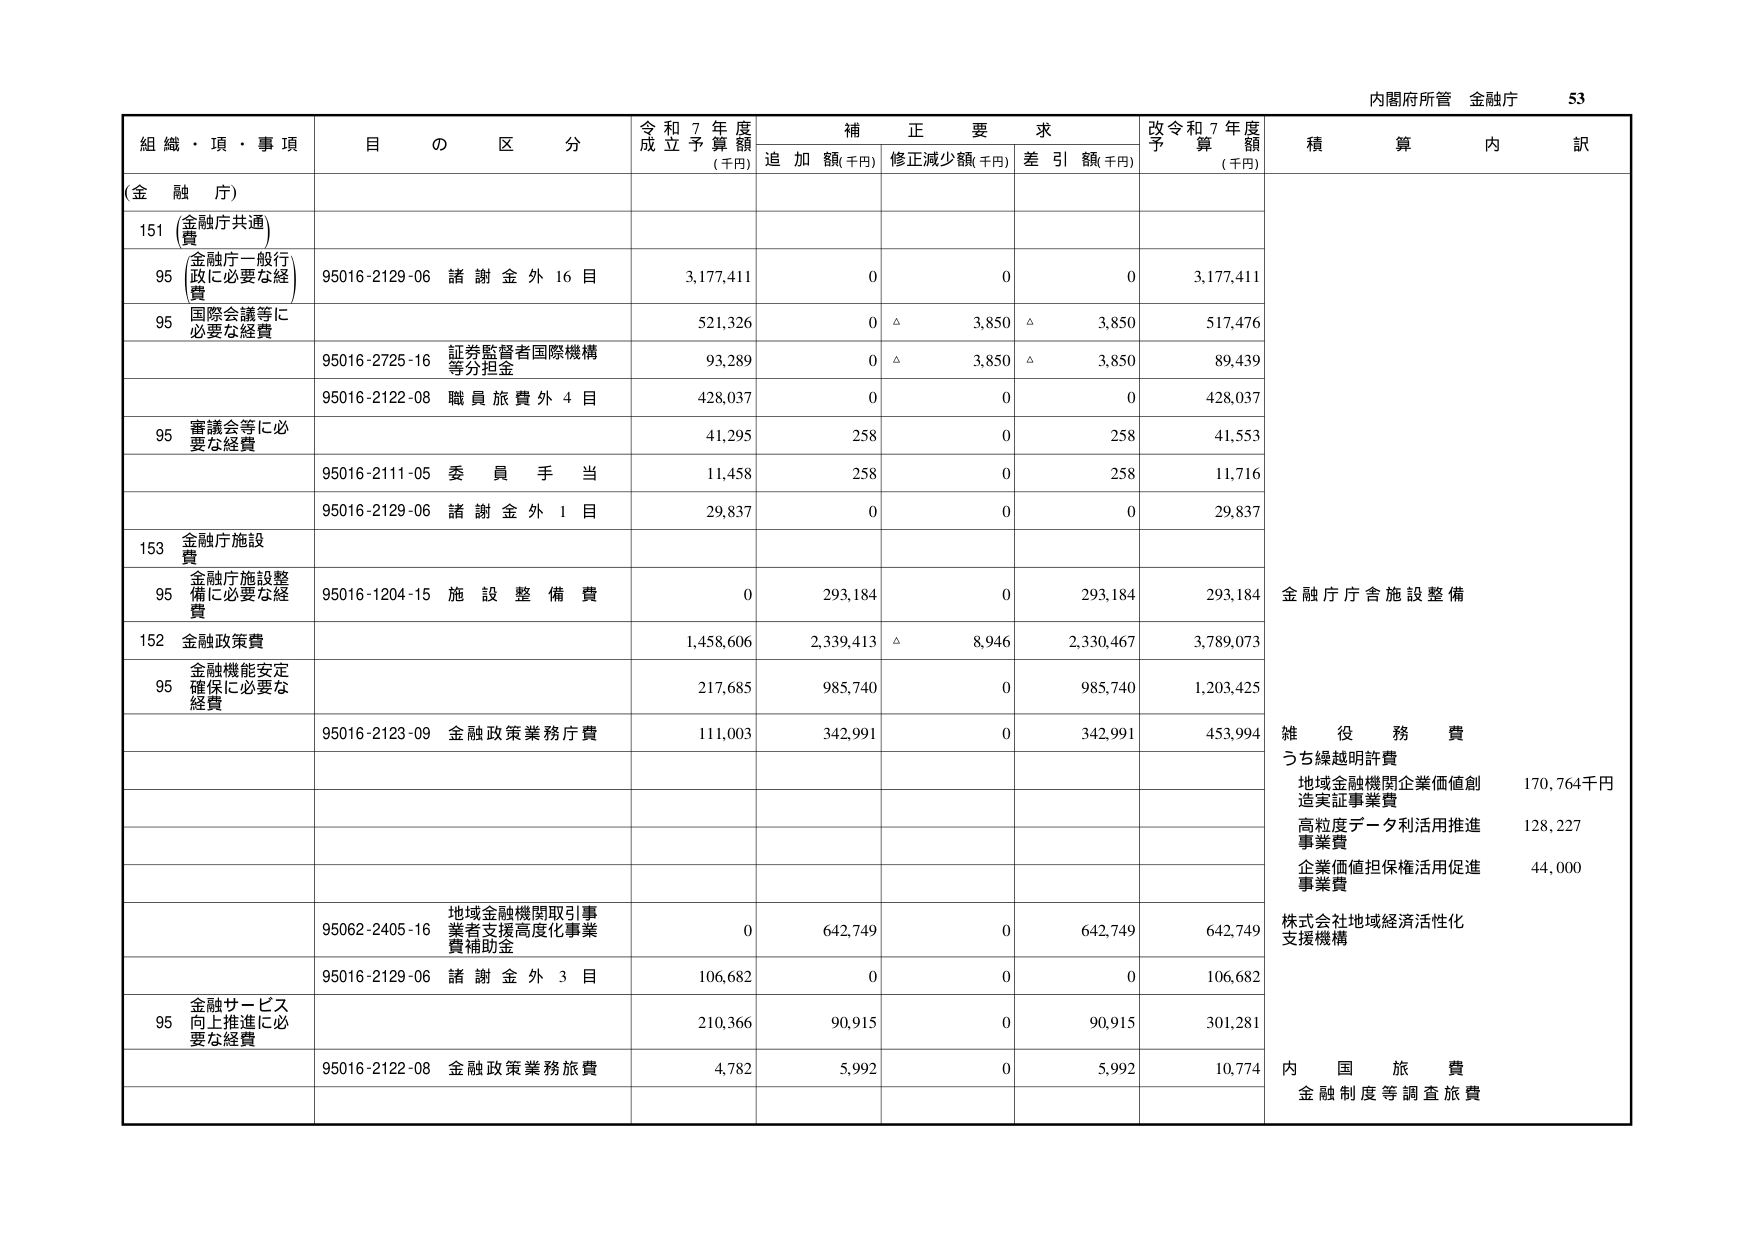
内閣府所管 金融庁 53

組織・項・事項 目の区分 令和7年度成立予算額(千円) 補正要求 追加額(千円) 修正減少額(千円) 差引額(千円) 改令和7年度予算額(千円) 積算内訳

(金融庁)

151 金融庁共通費

95 金融庁一般行政に必要な経費 95016-2129-06 諸謝金外16目 3,177,411 0 0 0 3,177,411

95 国際会議等に必要な経費 521,326 0 △ 3,850 △ 3,850 517,476

95016-2725-16 証券監督者国際機構等分担金 93,289 0 △ 3,850 △ 3,850 89,439

95016-2122-08 職員旅費外4目 428,037 0 0 0 428,037

95 審議会等に必要な経費 41,295 258 0 258 41,553

95016-2111-05 委員手当 11,458 258 0 258 11,716

95016-2129-06 諸謝金外1目 29,837 0 0 0 29,837

153 金融庁施設費

95 金融庁施設整備に必要な経費 95016-1204-15 施設整備費 0 293,184 0 293,184 293,184 金融庁庁舎施設整備

152 金融政策費 1,458,606 2,339,413 △ 8,946 2,330,467 3,789,073

95 金融機能安定確保に必要な経費 217,685 985,740 0 985,740 1,203,425

95016-2123-09 金融政策業務庁費 111,003 342,991 0 342,991 453,994 雑役務費

うち繰越明許費

地域金融機関企業価値創造実証事業費 170,764千円

高粒度データ利活用推進事業費 128,227

企業価値担保権活用促進事業費 44,000

95062-2405-16 地域金融機関取引事業者支援高度化事業費補助金 0 642,749 0 642,749 642,749 株式会社地域経済活性化支援機構

95016-2129-06 諸謝金外3目 106,682 0 0 0 106,682

95 金融サービス向上推進に必要な経費 210,366 90,915 0 90,915 301,281

95016-2122-08 金融政策業務旅費 4,782 5,992 0 5,992 10,774 内国旅費 金融制度等調査旅費